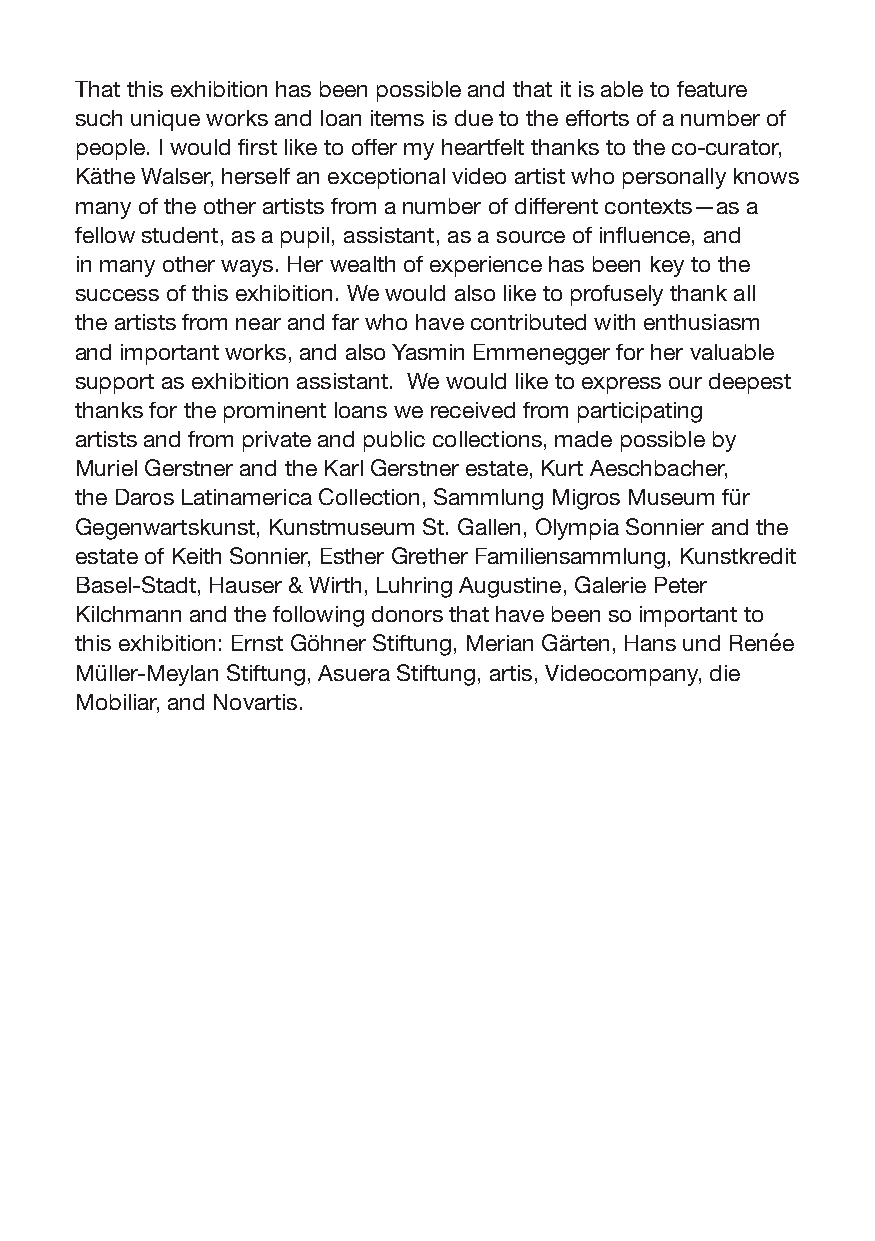
That this exhibition has been possible and that it is able to feature
 such unique works and loan items is due to the efforts of a number of
 people. I would first like to offer my heartfelt thanks to the co-curator,
 Käthe Walser, herself an exceptional video artist who personally knows
 many of the other artists from a number of different contexts—as a
 fellow student, as a pupil, assistant, as a source of influence, and
 in many other ways. Her wealth of experience has been key to the
 success of this exhibition. We would also like to profusely thank all
 the artists from near and far who have contributed with enthusiasm
 and important works, and also Yasmin Emmenegger for her valuable
 support as exhibition assistant. We would like to express our deepest
 thanks for the prominent loans we received from participating
 artists and from private and public collections, made possible by
 Muriel Gerstner and the Karl Gerstner estate, Kurt Aeschbacher,
 the Daros Latinamerica Collection, Sammlung Migros Museum für
 Gegenwartskunst, Kunstmuseum St. Gallen, Olympia Sonnier and the
 estate of Keith Sonnier, Esther Grether Familiensammlung, Kunstkredit
 Basel-Stadt, Hauser & Wirth, Luhring Augustine, Galerie Peter
 Kilchmann and the following donors that have been so important to
 this exhibition: Ernst Göhner Stiftung, Merian Gärten, Hans und Renée
 Müller-Meylan Stiftung, Asuera Stiftung, artis, Videocompany, die
 Mobiliar, and Novartis.